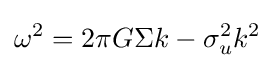
\omega ^{2}=2\pi G\Sigma k-\sigma _{u}^{2}k^{2}